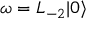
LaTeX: \omega = L _ { - 2 } | 0 \rangle